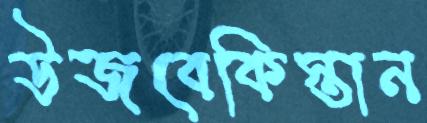
উজবেকিস্তান